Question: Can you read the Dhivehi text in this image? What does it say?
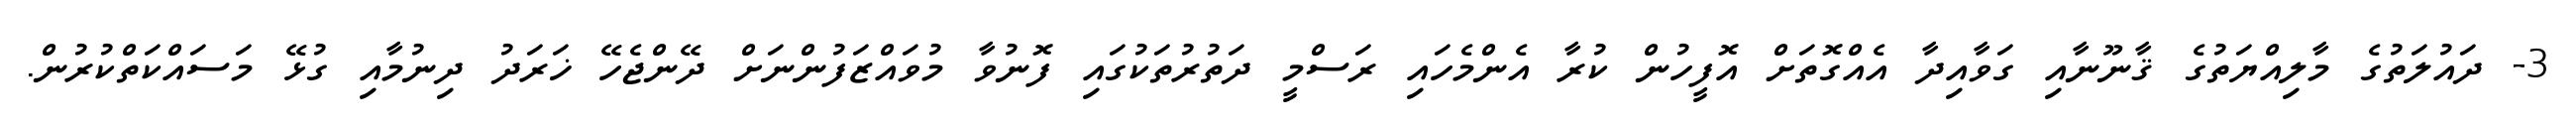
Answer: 3- ދައުލަތުގެ މާލިއްޔަތުގެ ޤާނޫނާއި ގަވާއިދާ އެއްގޮތަށް އޮފީހުން ކުރާ އެންމެހައި ރަސްމީ ދަތުރުތަކުގައި ފޮނުވާ މުވައްޒަފުންނަށް ދޭންޖެހޭ ޚަރަދު ދިނުމާއި ގުޅޭ މަސައްކަތްކުރުން.